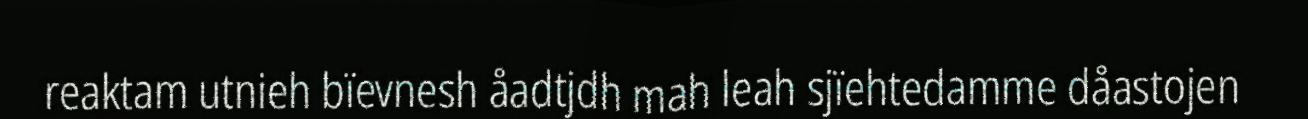
reaktam utnieh bïevnesh åadtjdh mah leah sjïehtedamme dåastojen